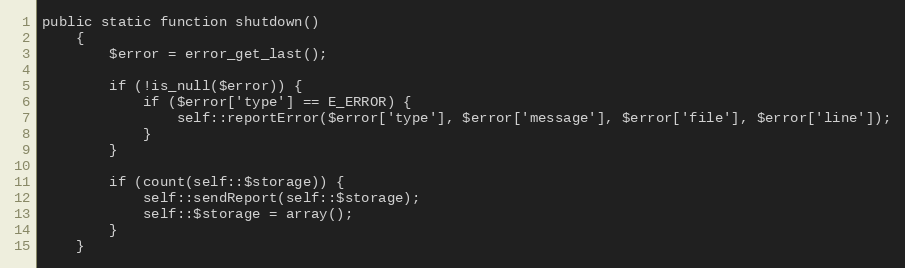
Language: PHP
public static function shutdown()
    {
        $error = error_get_last();

        if (!is_null($error)) {
            if ($error['type'] == E_ERROR) {
                self::reportError($error['type'], $error['message'], $error['file'], $error['line']);
            }
        }

        if (count(self::$storage)) {
            self::sendReport(self::$storage);
            self::$storage = array();
        }
    }